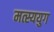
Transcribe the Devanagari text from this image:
मत्स्ययुग